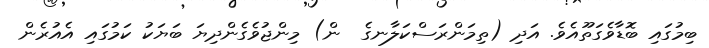
ބިމުގައި ބޮޑާވެގަތޫއެވެ. އަދި (ތިމަންރަސްކަލާނގެ  ން) މިންޖުވެގެންދިޔަ ބަޔަކު ކަމުގައި އެއުރެން